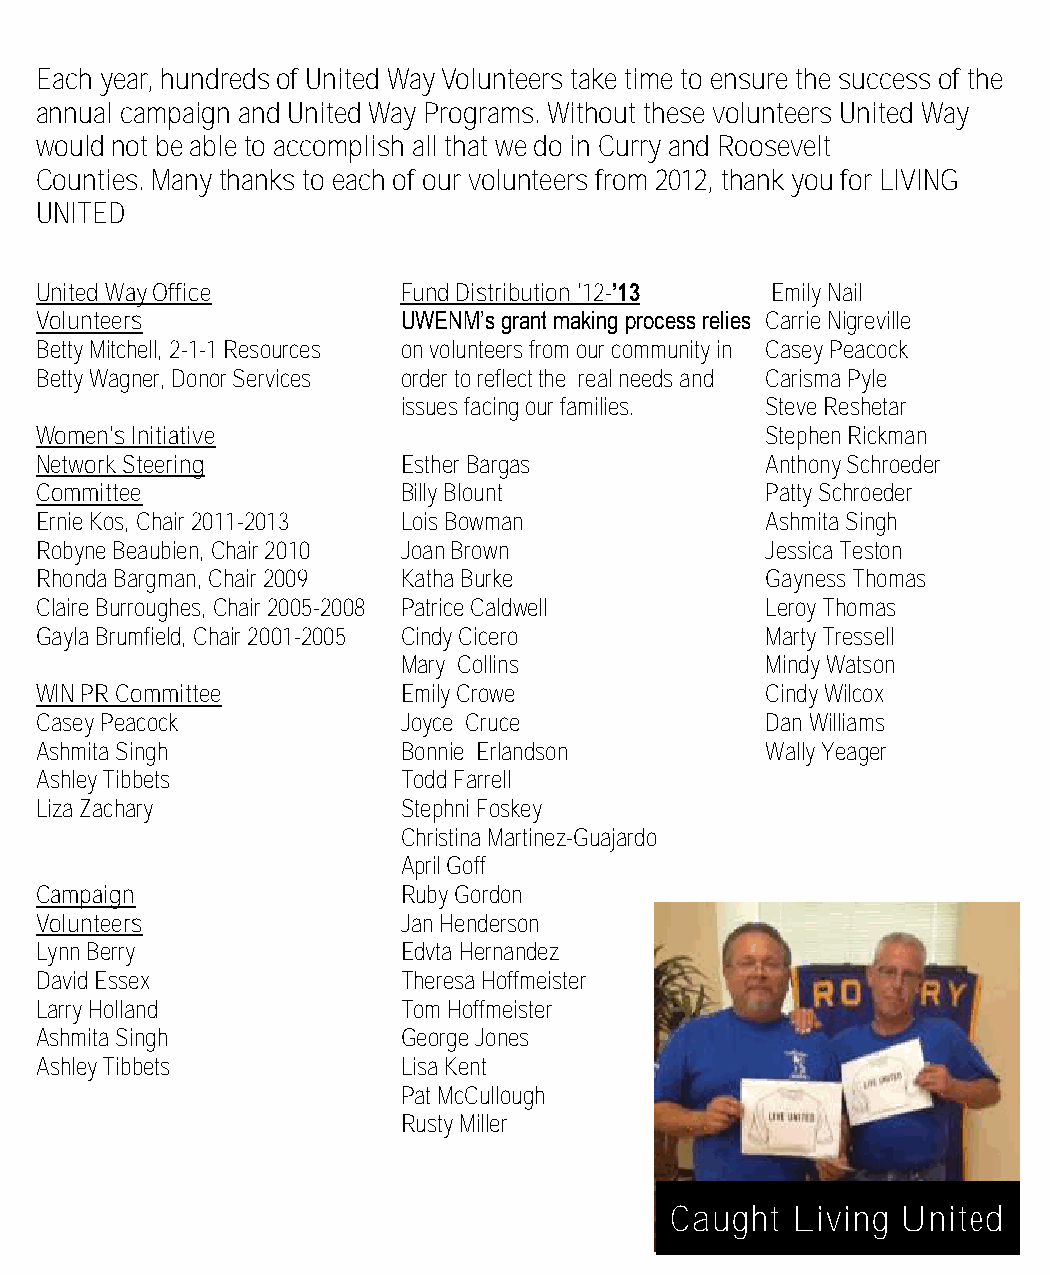
Each year, hundreds of United Way Volunteers take time to ensure the success of the
 In Volunteering
 annual campaign and United Way Programs. Without these volunteers United Way
 would not be able to accomplish all that we do in Curry and Roosevelt
 Counties. Many thanks to each of our volunteers from 2012, thank you for LIVING
 UNITED
 United Way Office        Fund Distribution '12-’13 Emily Nail
 Volunteers               UWENM’s grant making process relies Carrie Nigreville
 Betty Mitchell, 2-1-1 Resources on volunteers from our community in Casey Peacock
 Betty Wagner, Donor Services order to reflect the real needs and Carisma Pyle
 issues facing our families. Steve Reshetar
 Women's Initiative                               Stephen Rickman
 Network Steering         Esther Bargas           Anthony Schroeder
 Committee                Billy Blount            Patty Schroeder
 Ernie Kos, Chair 2011-2013 Lois Bowman           Ashmita Singh
 Robyne Beaubien, Chair 2010 Joan Brown           Jessica Teston
 Rhonda Bargman, Chair 2009 Katha Burke           Gayness Thomas
 Claire Burroughes, Chair 2005-2008 Patrice Caldwell Leroy Thomas
 Gayla Brumfield, Chair 2001-2005 Cindy Cicero    Marty Tressell
 Mary Collins            Mindy Watson
 WIN PR Committee         Emily Crowe             Cindy Wilcox
 Casey Peacock            Joyce Cruce             Dan Williams
 Ashmita Singh            Bonnie Erlandson        Wally Yeager
 Ashley Tibbets           Todd Farrell
 Liza Zachary             Stephni Foskey
 Christina Martinez-Guajardo
 April Goff
 Campaign                 Ruby Gordon
 Volunteers               Jan Henderson
 Lynn Berry               Edvta Hernandez
 David Essex              Theresa Hoffmeister
 Larry Holland            Tom Hoffmeister
 Ashmita Singh            George Jones
 Ashley Tibbets           Lisa Kent
 Pat McCullough
 Rusty Miller
 Caught  Living  United